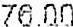
76.00